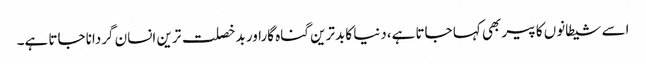
اسے شیطانوں کا پیر بھی کہا جاتا ہے،دنیا کا بدترین گناہ گاراور بدخصلت ترین انسان گردانا جاتا ہے۔